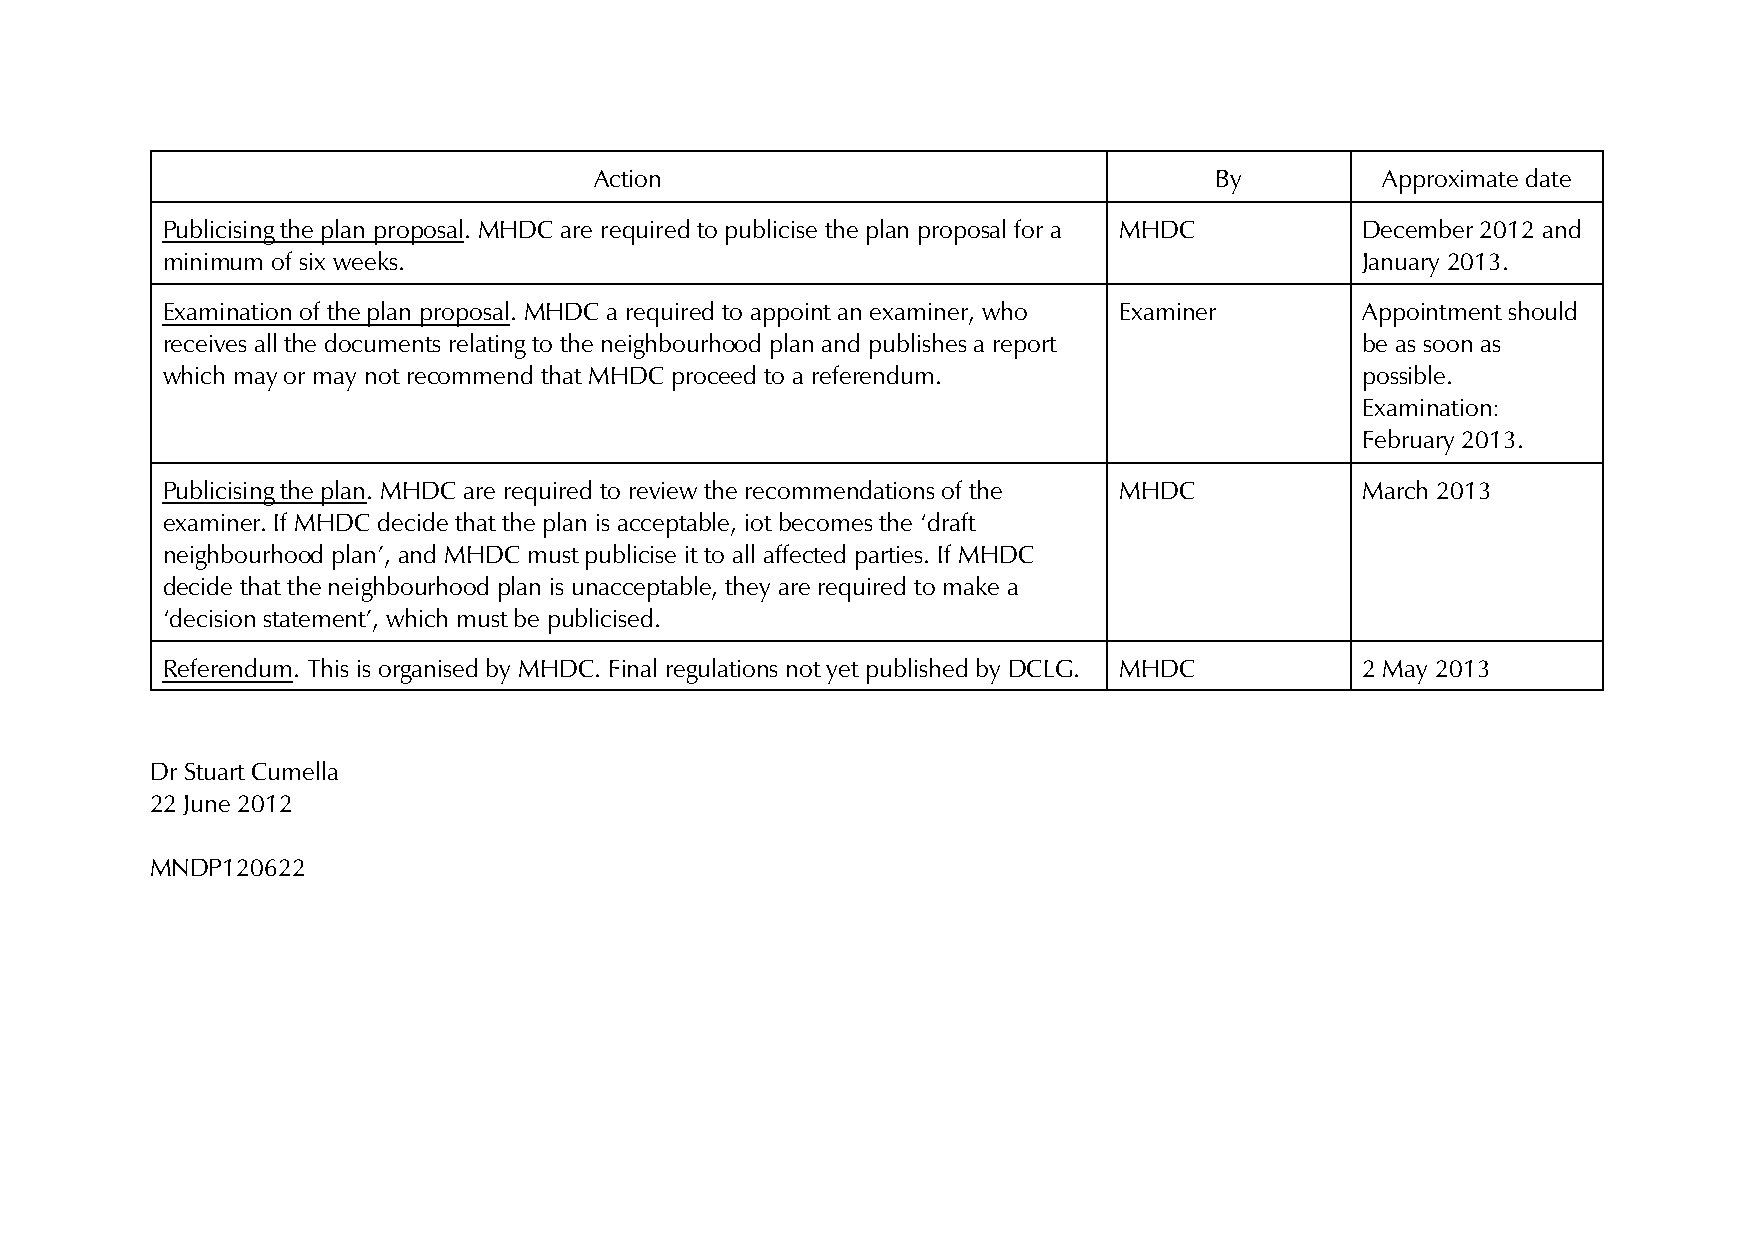
Action                                   By          Approximate date
 Publicising the plan proposal. MHDC are required to publicise the plan proposal for a MHDC December 2012 and
 minimum of six weeks.                                                          January 2013.
 Examination of the plan proposal. MHDC a required to appoint an examiner, who Examiner Appointment should
 receives all the documents relating to the neighbourhood plan and publishes a report be as soon as
 which may or may not recommend that MHDC proceed to a referendum.              possible.
 Examination:
 February 2013.
 Publicising the plan. MHDC are required to review the recommendations of the MHDC March 2013
 examiner. If MHDC decide that the plan is acceptable, iot becomes the ‘draft
 neighbourhood plan’, and MHDC must publicise it to all affected parties. If MHDC
 decide that the neighbourhood plan is unacceptable, they are required to make a
 ‘decision statement’, which must be publicised.
 Referendum. This is organised by MHDC. Final regulations not yet published by DCLG. MHDC 2 May 2013
 Dr Stuart Cumella
 22 June 2012
 MNDP120622